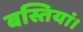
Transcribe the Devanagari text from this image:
बस्तियां।